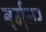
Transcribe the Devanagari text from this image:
बर्गनर